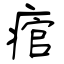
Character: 痯